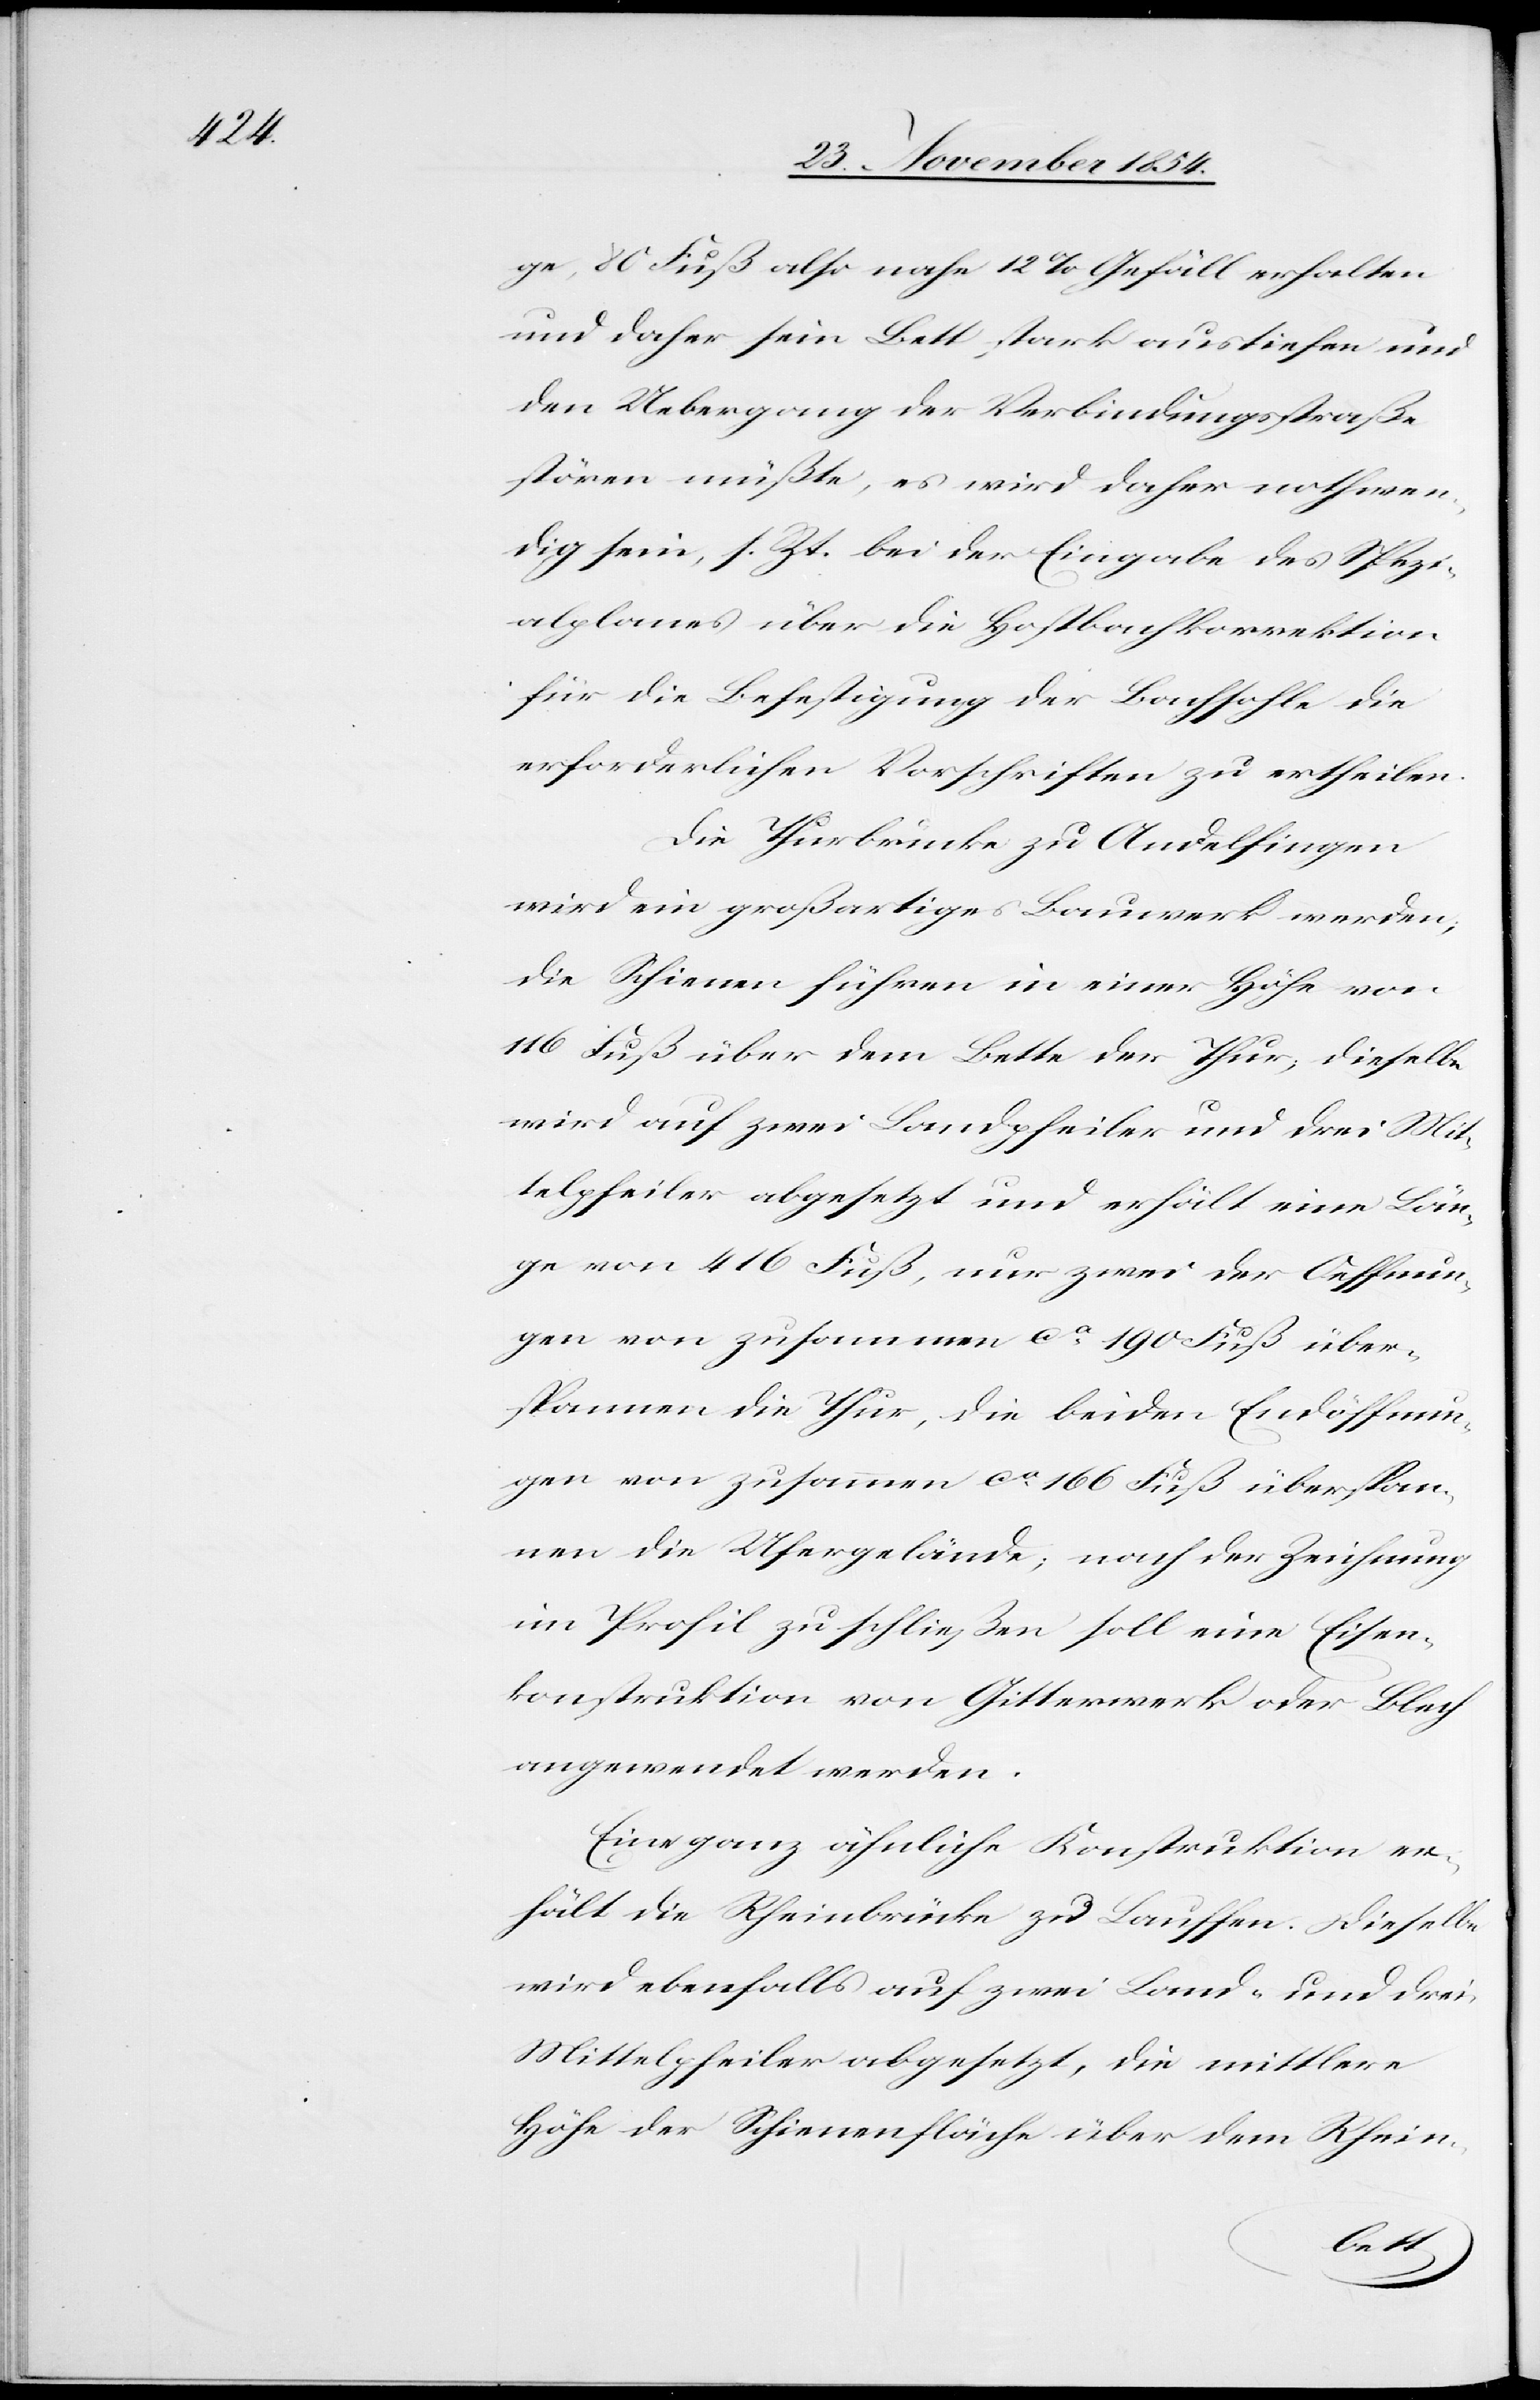
ge, 80 Fuß also nahe 12% Gefäll erhalten
und daher sein Bett stark austiefen und
den Uebergang der Verbindungsstraße
stören müßte, es wird daher nothwen¬
dig sein, s. Zt. bei der Eingabe des Spezi¬
alplanes über die Hostbachkorrektion
für die Befestigung der Bachsohle die
erforderlichen Vorschriften zu ertheilen.
Die Thurbrücke zu Andelfingen
wird ein großartiges Bauwerk werden;
die Schienen führen in einer Höhe von
116 Fuß über dem Bette der Thur; dieselbe
wird auf zwei Landpfeiler und drei Mit¬
telpfeiler abgesetzt und erhält eine Län¬
ge von 416 Fuß, nur zwei der Oeffnun¬
gen von zusammen ca 190 Fuß über¬
spannen die Thur, die beiden Endöffnun¬
gen von zusammen ca 166 Fuß überspan¬
nen die Ufergelände; nach der Zeichnung
im Profil zu schließen soll eine Eisen¬
konstruktion von Gitterwerk oder Blech
angewendet werden.
Eine ganz ähnliche Konstruktion er¬
hält die Rheinbrücke zu Lauffen. Dieselbe
wird ebenfalls auf zwei Land- und drei
Mittelpfeiler abgesetzt, die mittlere
Höhe der Schienenfläche über dem Rhein-